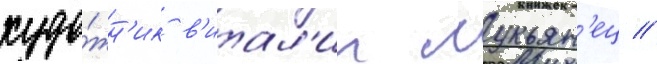
худо́жн'ик в'итал'ии лукьян'ец //